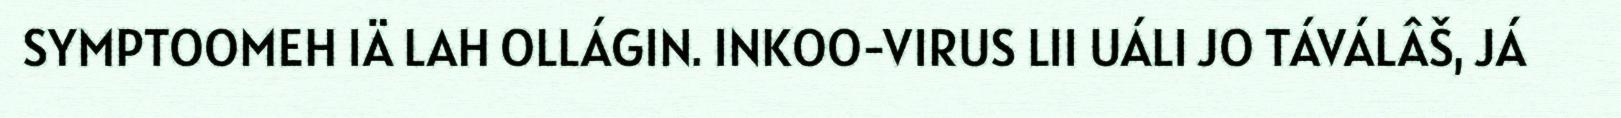
SYMPTOOMEH IÄ LAH OLLÁGIN. INKOO-VIRUS LII UÁLI JO TÁVÁLÂŠ, JÁ